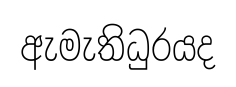
ඇමැතිධුරයද